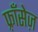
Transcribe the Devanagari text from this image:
फ़्राँसेज़